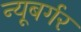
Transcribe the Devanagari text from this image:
न्यूबर्गर